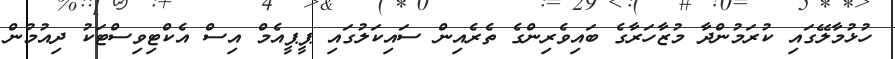
ހުޅުމާލޭގައި ކުރަމުންދާ މުޒާހަރާގެ ބައިވެރިންގެ ތެރެއިން ސައިކަލުގައި ޕީޕީއެމް އިސް އެކްޓިވިސްޓަކު ދިއުމުން